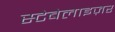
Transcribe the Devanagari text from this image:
स्टेबेलाइज़र